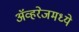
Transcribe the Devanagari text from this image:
ॲव्हरेजमध्ये